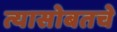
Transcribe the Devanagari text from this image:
त्यासोबतचे